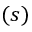
( s )